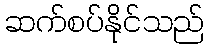
ဆက်စပ်နိုင်သည်